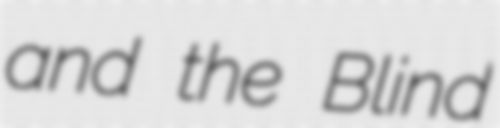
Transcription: and the Blind